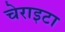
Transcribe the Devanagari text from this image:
चेराइटा